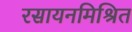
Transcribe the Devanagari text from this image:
रसायनमिश्रित